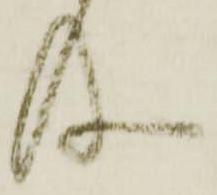
及